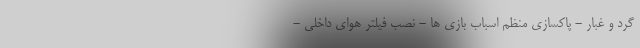
گرد و غبار - پاکسازی منظم اسباب بازی ها - نصب فیلتر هوای داخلی -